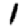
Digit: 1